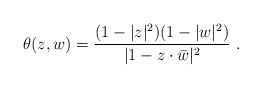
\begin{align*} \theta(z,w)=\frac{(1-|z|^2)(1-|w|^2)}{|1-z\cdot\bar w|^2}\ .\end{align*}